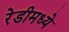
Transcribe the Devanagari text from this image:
रेडीमध्ये